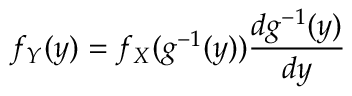
f _ { Y } ( y ) = f _ { X } ( g ^ { - 1 } ( y ) ) \frac { d g ^ { - 1 } ( y ) } { d y }